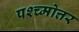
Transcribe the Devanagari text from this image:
पश्च्मोत्तर